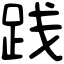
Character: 践